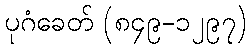
ပုဂံခေတ် (၈၄၉-၁၂၉၇)